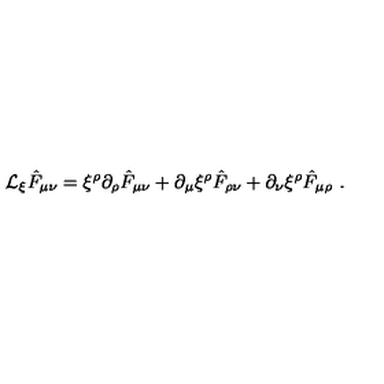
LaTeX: { \cal L } _ { \xi } \hat { F } _ { \mu \nu } = \xi ^ { \rho } \partial _ { \rho } \hat { F } _ { \mu \nu } + \partial _ { \mu } \xi ^ { \rho } \hat { F } _ { \rho \nu } + \partial _ { \nu } \xi ^ { \rho } \hat { F } _ { \mu \rho } \ .